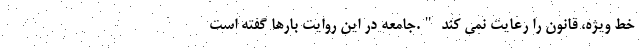
خط ویژه، قانون را رعایت نمی کند ".جامعه در این روایت بارها گفته است